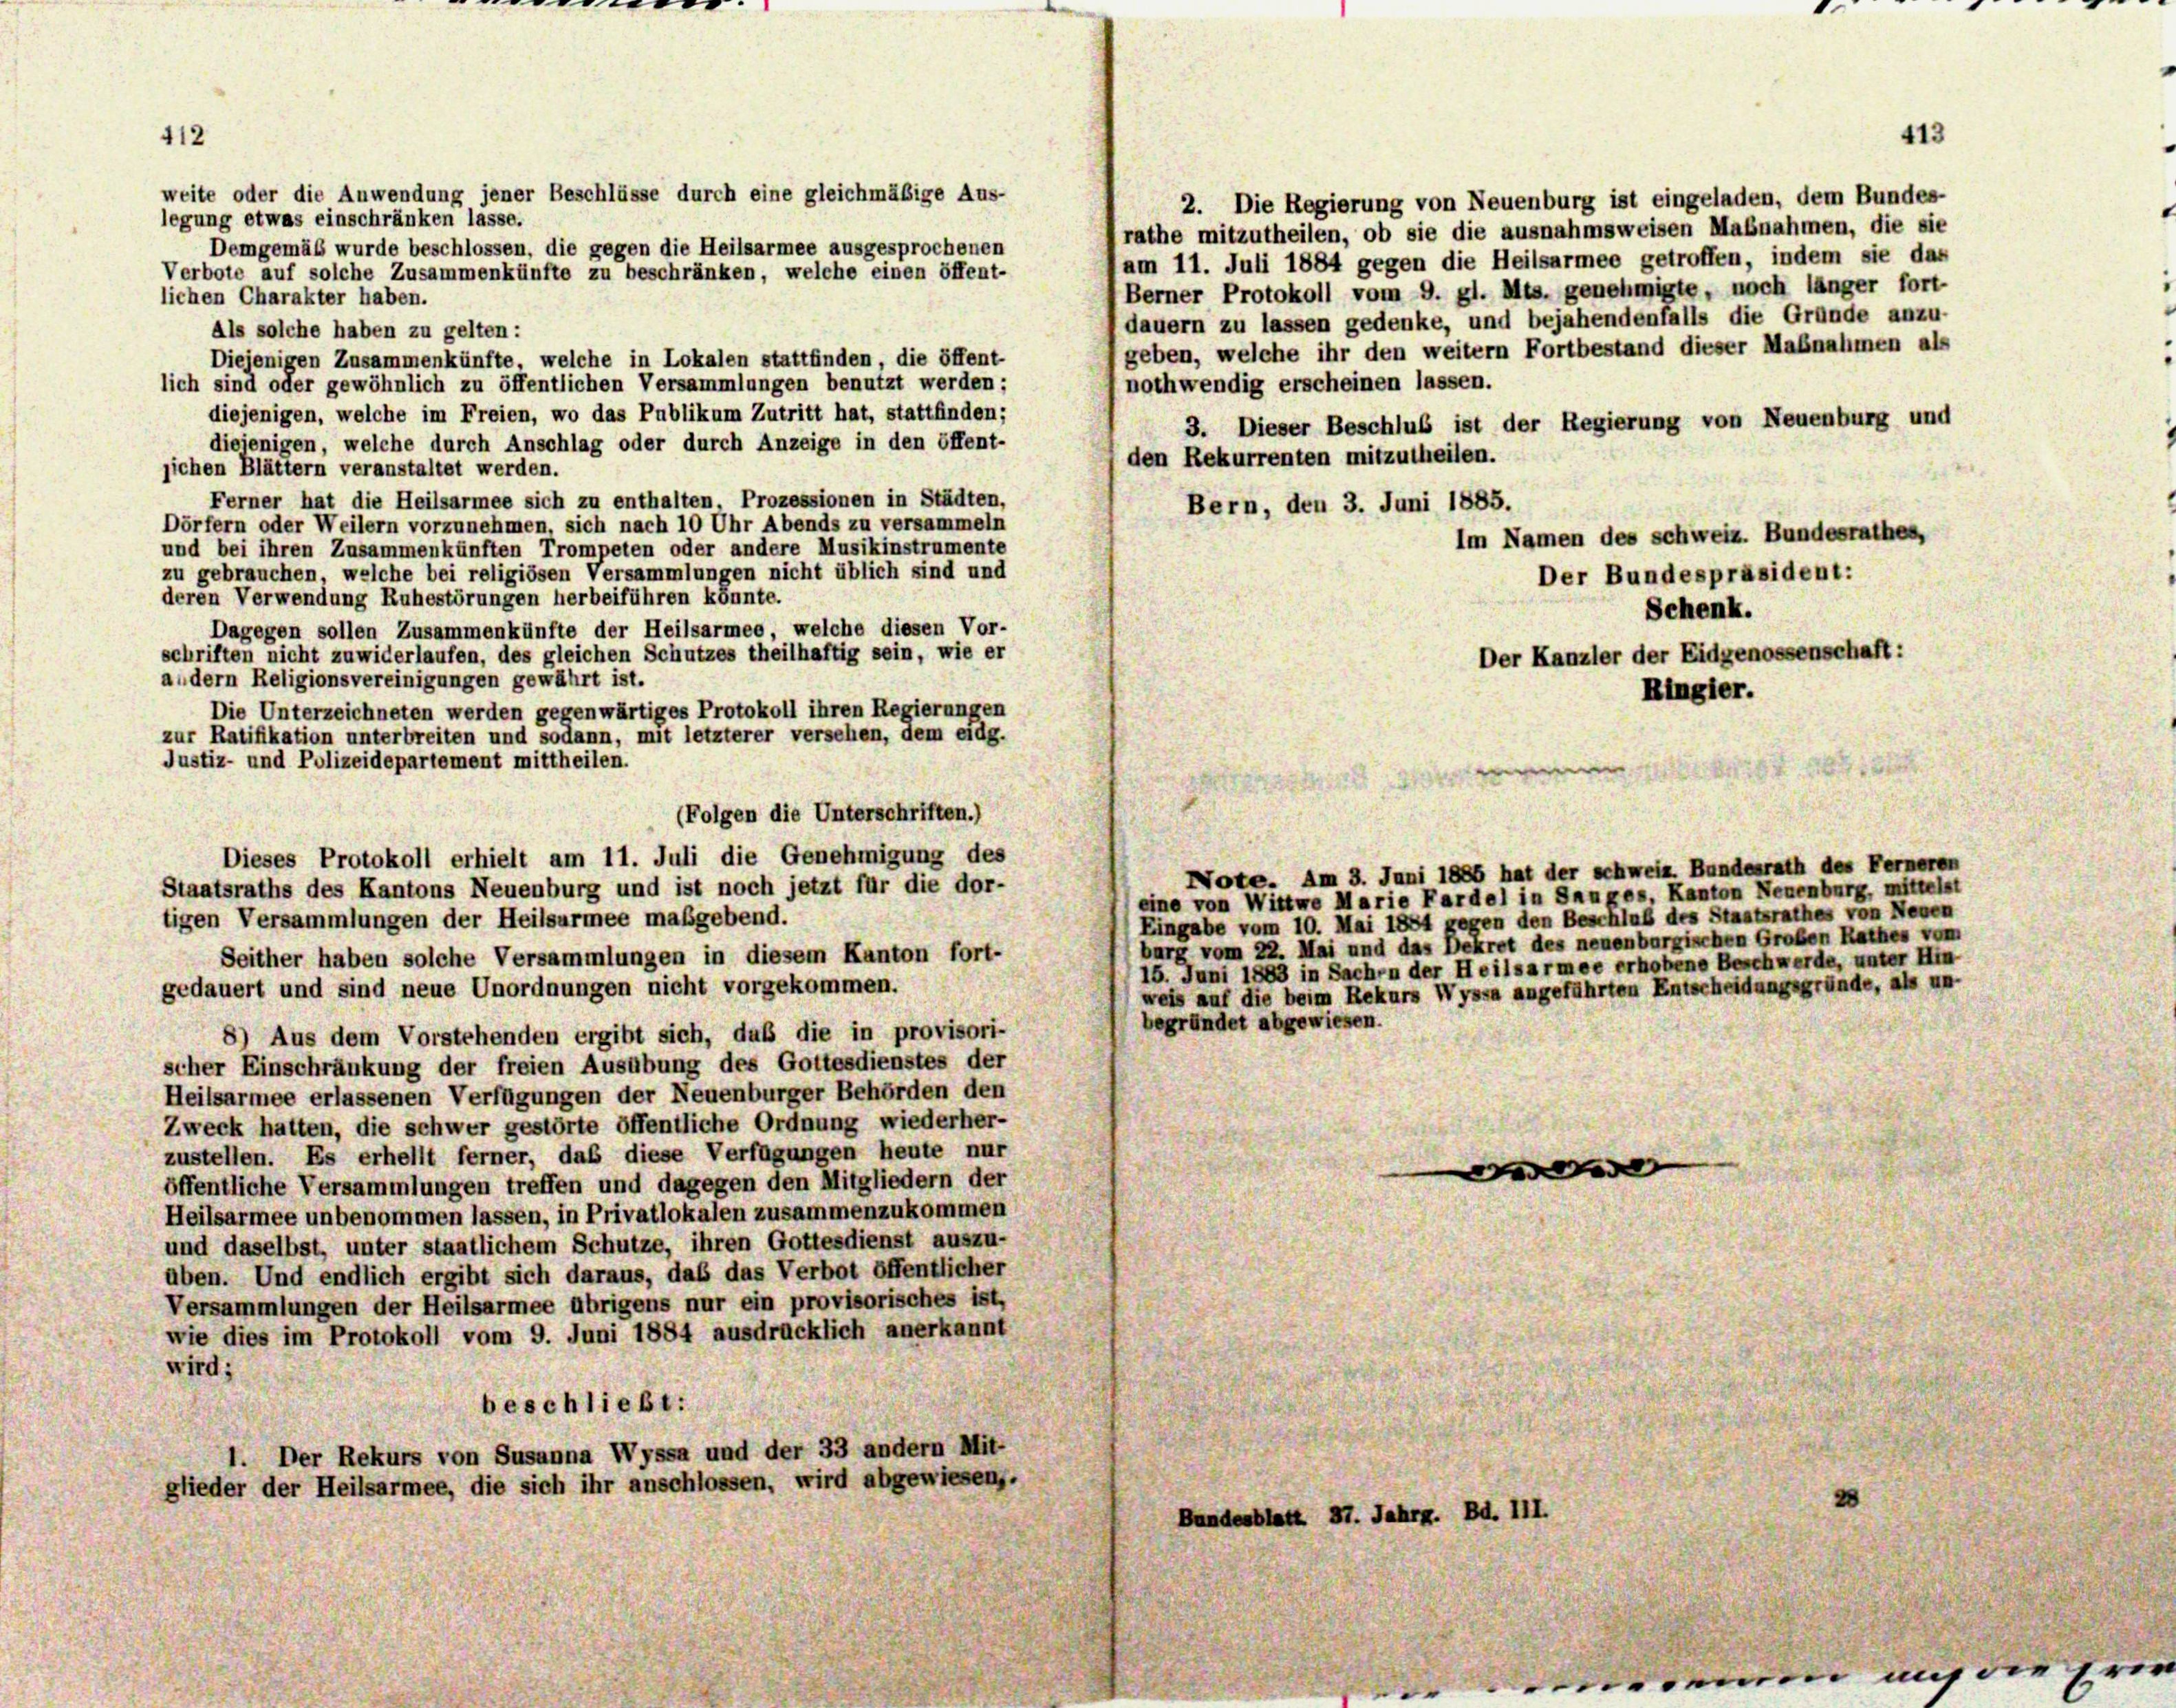
412

weite oder die Anwendung jener Beschlüsse durch eine gleichmäßige Aus-
Demgemäß wurde beschlossen, die gegen die Heilsarmee ausgesprochenen
Verbote auf solche Zusammenkünfte zu beschränken, welche einen öffent-

Note. Am 3. Juni 1886 hat der Schweiz. Bundesrath des Ferneren
eine von Wittwe Marie Fardel in Sauges, Kanton Neuenburg, mittelst

Schenk.
Der Kanzler der Eidgenossenschaft:
Ringler.

2. Die Regierung von Neuenburg ist eingeladen, dem Bundes-
legung etwas einschränken lasse.
rathe mitzutheilen, ob sie die ausnahmsweisen Maßnahmen, die sie
am 11. Juli 1884 gegen die Heilsarmee getroffen, indem sie das
Berner Protokoll vom 9. gl. Mts. genehmigte, noch länger fort-
lichen Charakter haben.
dauern zu lassen gedenke, und bejahendenfalls die Gründe anzu-
Als solche haben zu gelten:
geben, welche ihr den weitern Fortbestand dieser Maßnahmen als
Diejenigen Zusammenkünfte, welche in Lokalen stattfinden, die öffent-
nothwendig erscheinen lassen.
lich sind oder gewöhnlich zu öffentlichen Versammlungen benutzt werden:
diejenigen, welche im Freien, wo das Publikum Zutritt hat, stattfinden;
3. Dieser Beschluß ist der Regierung von Neuenburg und
diejenigen, welche durch Anschlag oder durch Anzeige in den öffent-
den Rekurrenten mitzutheilen.
sichen Blättern veranstaltet werden.
Ferner hat die Heilsarmee sich zu enthalten. Prozessionen in Städten,
Bern, den 3. Juni 1885.
Dörfern oder Weilern vorzunehmen, sich nach 10 Uhr Abends zu versammeln
Im Namen des Schweiz. Bundesrathes,
und bei ihren Zusammenkünften Trompeten oder andere Musikinstrumente
zu gebrauchen, welche bei religiösen Versammlungen nicht üblich sind und
Der Bundespräsident:
deren Verwendung Ruhestörungen herbeiführen könnte.
Dagegen sollen Zusammenkünfte der Heilsarmee, welche diesen Vor-
schriften nicht zuwiderlaufen, des gleichen Schutzes theilhaftig sein, wie er
audern Religionsvereinigungen gewährt ist.
Die Unterzeichneten werden gegenwärtiges Protokoll ihren Regierungen
zur Ratifikation unterbreiten und sodann, mit letzterer versehen, dem eidg.
Justiz- und Polizeidepartement mittheilen.
(Folgen die Unterschriften.)
Dieses Protokoll erhielt am 11. Juli die Genehmigung des
Staatsraths des Kantons Neuenburg und ist noch jetzt für die dor-
Eingabe vom 10. Mai 1884 gegen den Beschluß des Staatsrathes von Nesen
tigen Versammlungen der Heilsarmee maßgebend.
burg vom 22. Mai und das Dekret des neuenburgischen Groben Rathes vom
Seither haben solche Versammlungen in diesem Kanton fort-
15. Juni 1883 in Sachen der Heilsarmee erhobene Beschwerde, unter Hin
gedauert und sind neue Unordnungen nicht vorgekommen.
weis auf die beim Rekurs Wyssa angeführten Entscheidungsgründe, als u
begründet abgewiesen.
8) Aus dem Vorstehenden ergibt sich, daß die in provisori-
scher Einschränkung der freien Ausübung des Gottesdienstes der
Heilsarmee erlassenen Verfügungen der Neuenburger Behörden den
Zweck hatten, die schwer gestörte öffentliche Ordnung wiederher-
zustellen. Es erhellt ferner, daß diese Verfügungen heute nur
e
öffentliche Versammlungen treffen und dagegen den Mitgliedern der
Heilsarmee unbenommen lassen, in Privatlokalen zusammenzukommen
und daselbst, unter staatlichem Schutze, ihren Gottesdienst auszu-
aben. Und endlich ergibt sich daraus, daß das Verbot öffentlicher
Versammlungen der Heilsarmee übrigens nur ein provisorisches ist,
wie dies im Protokoll vom 9. Juni 1884 ausdrücklich anerkannt
wird;
beschließt:
1. Der Rekurs von Susanna Wyssa und der 33 andern Mit-
glieder der Heilsarmee, die sich ihr anschlossen, wird abgewiesen.
Bundesblatt Hr. Jahrg. Bd. III.

413